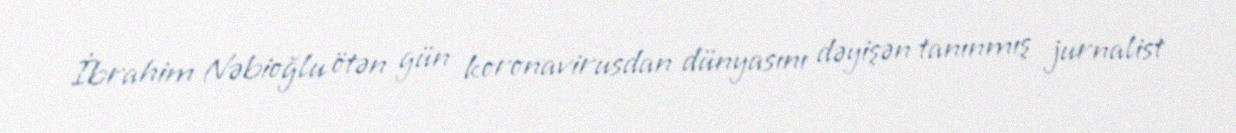
İbrahim Nəbioğlu ötən gün koronavirusdan dünyasını dəyişən tanınmış jurnalist